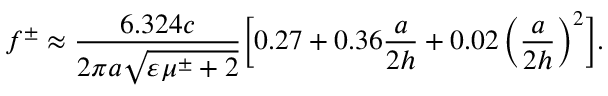
f ^ { \pm } \approx \frac { 6 . 3 2 4 c } { 2 \pi a \sqrt { \varepsilon \mu ^ { \pm } + 2 } } \biggl [ 0 . 2 7 + 0 . 3 6 \frac { a } { 2 h } + 0 . 0 2 \left( \frac { a } { 2 h } \right) ^ { 2 } \biggr ] .